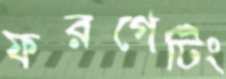
ফরগেটিং